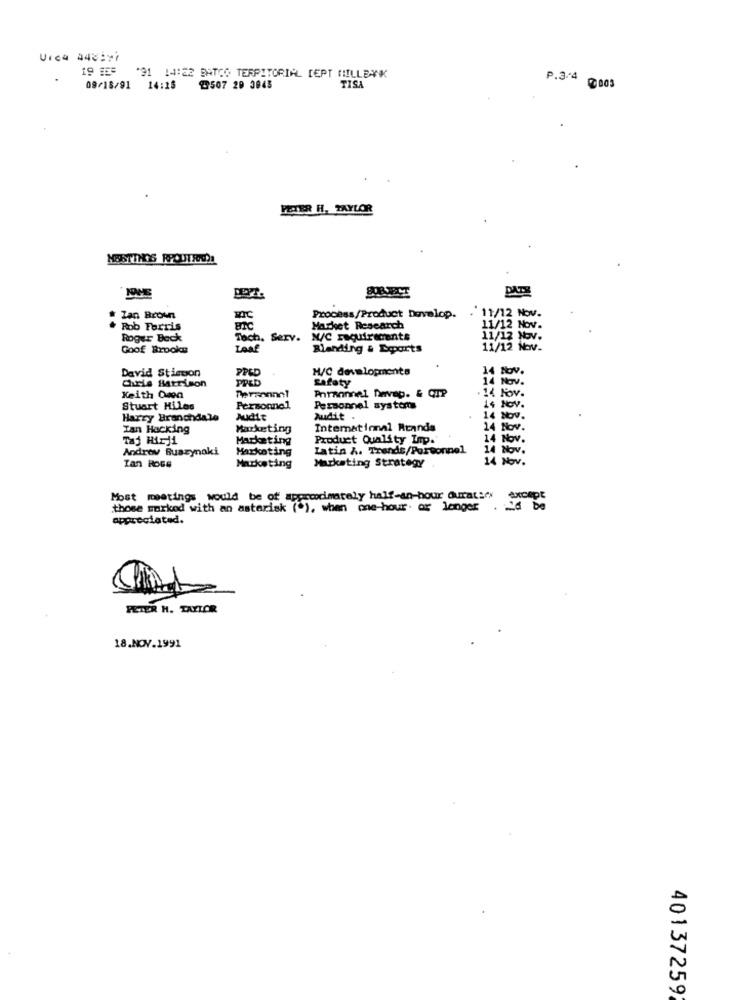
Urca 448:17
19 55
'91 14:22 BATCO TERRITORIAL CEPT MILLEYK
P.3/4
09/18/91 14:18
2507 20 3843
TISA
PETER H. TAYLOR
MOSTTHOS RPOUTROOs
DATE
. 11/12 Nov.
Ian Brown
Process/Product Develop.
Rob Ferris
Hachet Research
11/12 Nov.
Roger Beck
Tach, Serv.
N/C recufrecents
11/12 Nov.
Goof Brooks
Blanding & Doports
11/12 Nov.
David Stiscon
PRED
M/C developments
14 Nov.
Diris Matrimon
PPED
Safety
14 Nov.
Pnrannnel Davap. & CIP
. 14 Kov.
Keith 0men
Stuart Miles
Personnel
Personnel systems
14 Nov.
Harry Branchdale
Audit
Audit
14 Nov.
Tan Hacking
Marketing
International Ruanda
14 Nov.
Marketing
Product Quality Imp.
14 Nov.
Androv Buszynaki
Marketing
Latin A. Trends/Personnel
14 Nov.
14 Nov.
Tan ROG#
Marketing
Marketing Strategy
Most meetings would be of appecodimately half-an-hour duratary
except
those worked with an asterisk ("), when one-hour. or longer . i'd be
appreciated.
PETER H. TAYLOR
18.NOV.1991
40137259